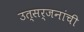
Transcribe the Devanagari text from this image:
उत्सर्जनांची